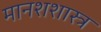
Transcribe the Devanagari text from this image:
मानशशास्त्र